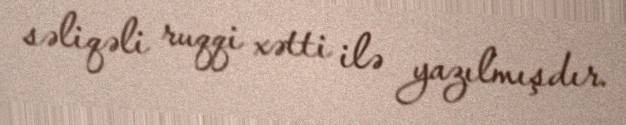
səliqəli ruqqi xətti ilə yazılmışdır.